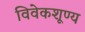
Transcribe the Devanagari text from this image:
विवेकशूण्य